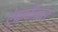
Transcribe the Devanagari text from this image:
ऐ्फ्रकैनस